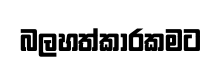
බලහත්කාරකමට